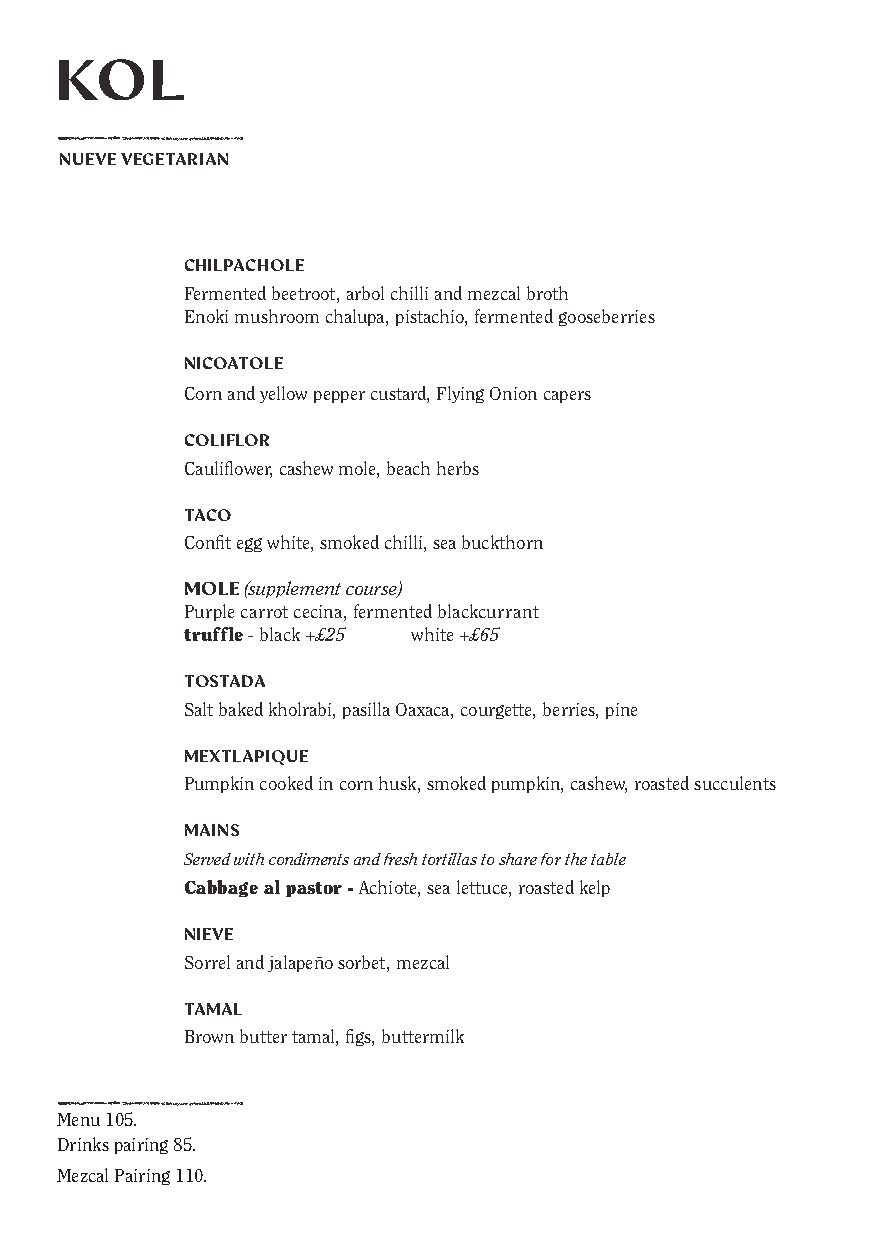
NUEVE VEGETARIAN
 CHILPACHOLE
 Fermented beetroot, arbol chilli and mezcal broth
 Enoki mushroom chalupa, pistachio, fermented gooseberries
 NICOATOLE
 Corn and yellow pepper custard, Flying Onion capers
 COLIFLOR
 Cauliflower, cashew mole, beach herbs
 TACO
 Confit egg white, smoked chilli, sea buckthorn
 MOLE (supplement course)
 Purple carrot cecina, fermented blackcurrant
 truffle - black +£25 white +£65
 TOSTADA
 Salt baked kholrabi, pasilla Oaxaca, courgette, berries, pine
 MEXTLAPIQUE
 Pumpkin cooked in corn husk, smoked pumpkin, cashew, roasted succulents
 MAINS
 Served with condiments and fresh tortillas to share for the table
 Cabbage al pastor - Achiote, sea lettuce, roasted kelp
 NIEVE
 Sorrel and jalapeño sorbet, mezcal
 TAMAL
 Brown butter tamal, figs, buttermilk
 Menu 105.
 Drinks pairing 85.
 Mezcal Pairing 110.